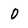
Character: 0